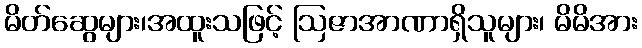
မိတ်ဆွေများ၊အထူးသဖြင့် ဩဇာအာဏာရှိသူများ၊ မိမိအား